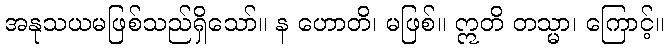
အနုသယမဖြစ်သည်ရှိသော်။ န ဟောတိ၊ မဖြစ်။ ဣတိ တသ္မာ၊ ကြောင့်။